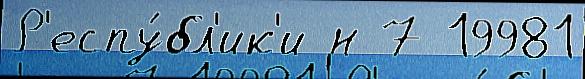
Р'еспу́бл'ик'и н 7 19981